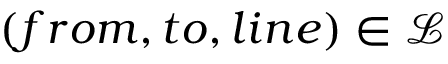
( f r o m , t o , l i n e ) \in \mathcal { L }